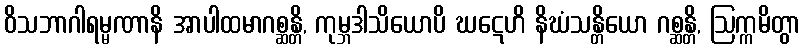
ဝိသဘာဂါရမ္မဏာနိ အာပါထမာဂစ္ဆန္တိ, ကုမ္ဘဒါသိယောပိ ဃဋေဟိ နိဃံသန္တိယော ဂစ္ဆန္တိ, ဩက္ကမိတွာ